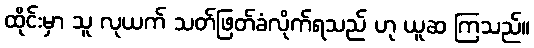
ထိုင်းမှာ သူ လုယက် သတ်ဖြတ်ခံလိုက်ရသည် ဟု ယူဆ ကြသည်။